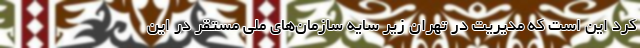
کرد این است که مدیریت در تهران زیر سایه سازمان‌های ملی مستقر در این